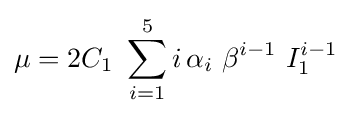
\mu =2C_{1}~\sum _{i=1}^{5}i\,\alpha _{i}~\beta ^{i-1}~I_{1}^{i-1}